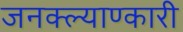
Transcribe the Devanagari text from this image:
जनक्ल्याण्कारी